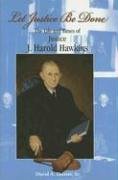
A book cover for Let Justice Be Done: The Life and Times of Justice J. Harold Hawkins; David A., Sr. Dosser; Law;